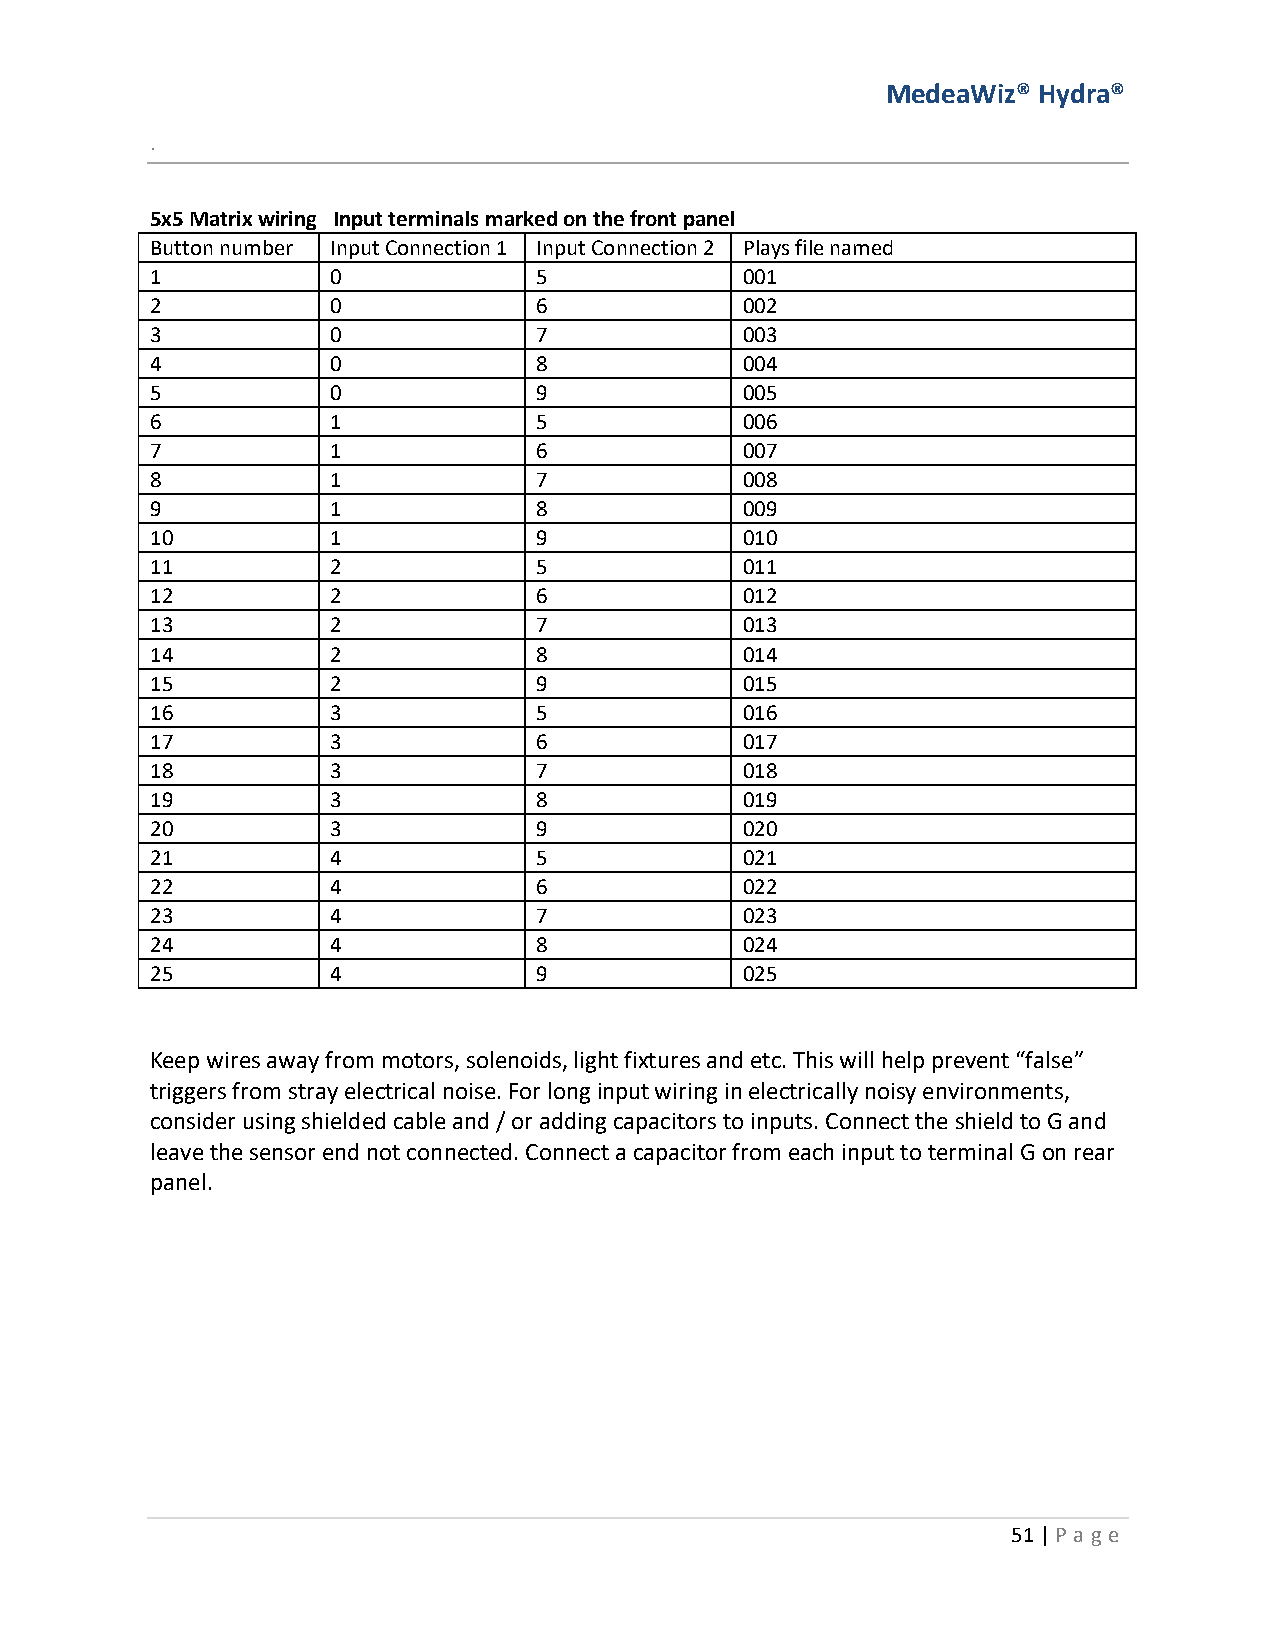
MedeaWiz® Hydra®
 .
 5x5 Matrix wiring Input terminals marked on the front panel
 Button number Input Connection 1 Input Connection 2 Plays file named
 1           0             5            001
 2           0             6            002
 3           0             7            003
 4           0             8            004
 5           0             9            005
 6           1             5            006
 7           1             6            007
 8           1             7            008
 9           1             8            009
 10          1             9            010
 11          2             5            011
 12          2             6            012
 13          2             7            013
 14          2             8            014
 15          2             9            015
 16          3             5            016
 17          3             6            017
 18          3             7            018
 19          3             8            019
 20          3             9            020
 21          4             5            021
 22          4             6            022
 23          4             7            023
 24          4             8            024
 25          4             9            025
 Keep wires away from motors, solenoids, light fixtures and etc. This will help prevent “false”
 triggers from stray electrical noise. For long input wiring in electrically noisy environments,
 consider using shielded cable and / or adding capacitors to inputs. Connect the shield to G and
 leave the sensor end not connected. Connect a capacitor from each input to terminal G on rear
 panel.
 51 | P age